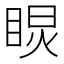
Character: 𥇏